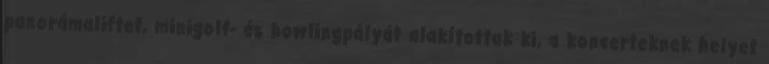
panorámaliftet, minigolf- és bowlingpályát alakítottak ki, a koncerteknek helyet